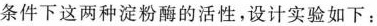
条件下这两种淀粉酶的活性，设计实验如下：